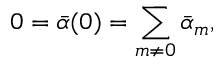
0 = { \bar { \alpha } } ( 0 ) = \sum _ { m \neq 0 } { \bar { \alpha } } _ { m } ,